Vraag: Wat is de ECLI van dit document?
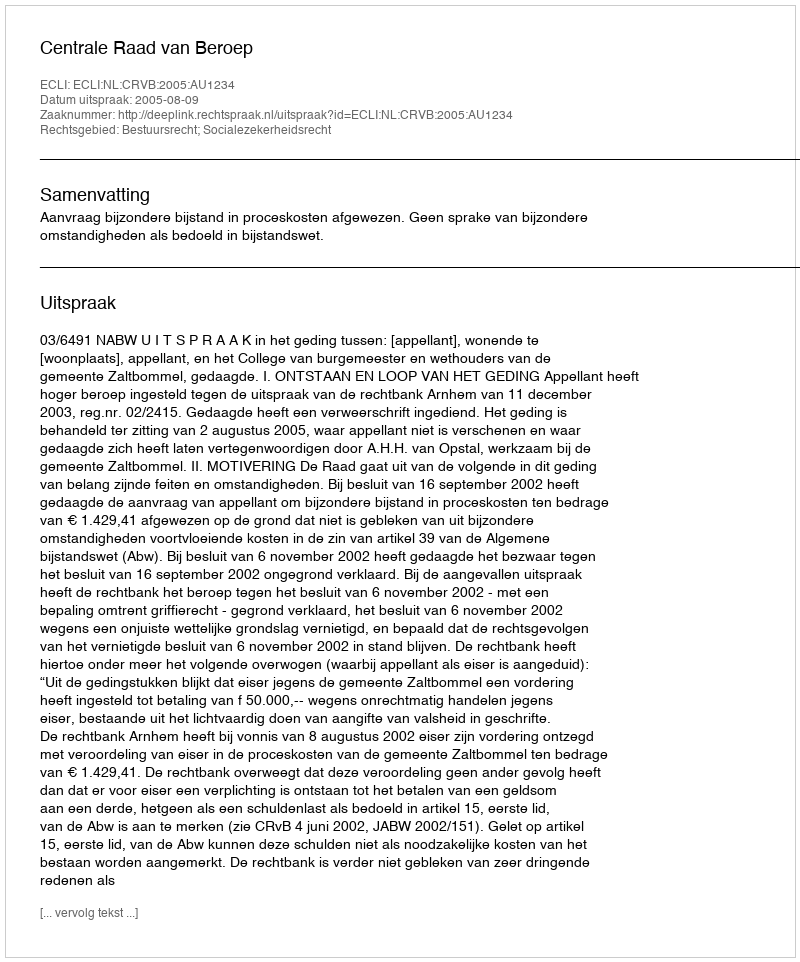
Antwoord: ECLI:NL:CRVB:2005:AU1234